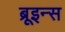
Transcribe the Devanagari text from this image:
ब्रूइन्स